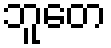
ဘူတေ